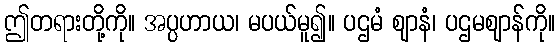
ဤတရားတို့ကို။ အပ္ပဟာယ၊ မပယ်မူ၍။ ပဌမံ ဈာနံ၊ ပဌမဈာန်ကို။